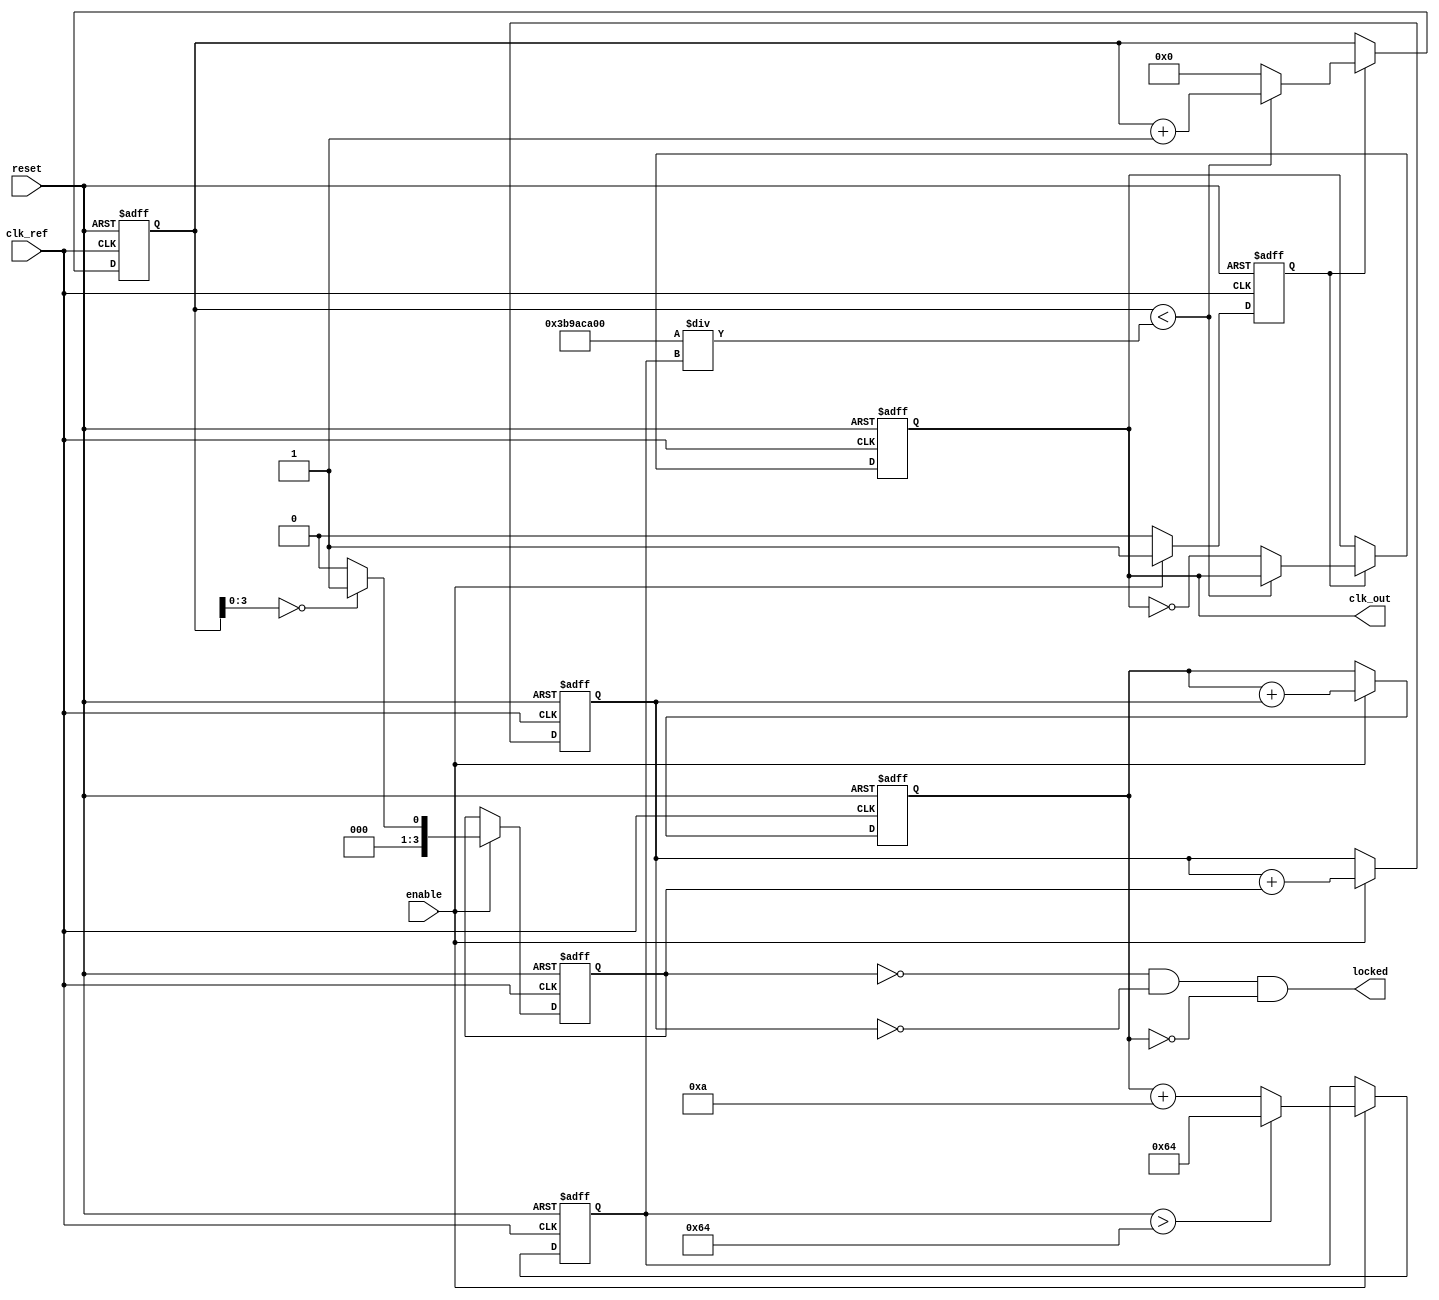
module dual_loop_pll (
    input wire clk_ref,           // Reference clock input
    input wire reset,             // Asynchronous reset
    input wire enable,            // Enable signal
    output reg clk_out,           // Output clock
    output wire locked            // Lock detection output
);

// Parameters
parameter DIV_RATIO = 4;        // Division ratio for feedback
parameter VCO_MAX_FREQ = 100;   // Maximum VCO frequency
parameter VCO_MIN_FREQ = 10;    // Minimum VCO frequency

// Internal signals
reg [3:0] phase_error;           // Phase error signal from phase detector
reg [7:0] control_voltage;        // Control voltage to the VCO
reg [7:0] vco_frequency;          // Current frequency of the VCO
reg [7:0] outer_loop_filter;      // Outer loop filter output
reg [7:0] inner_loop_filter;      // Inner loop filter output
reg [31:0] vco_counter;           // VCO counter for generating clk_out
reg vco_enable;                   // VCO enable signal
reg [31:0] div_counter;           // Counter for clock division
reg div_enable;                   // Divider enable signal

// Phase Detector (PD)
always @(posedge clk_ref or posedge reset) begin
    if (reset) begin
        phase_error <= 0;
    end else if (enable) begin
        // Simplified phase detector logic (to be replaced with actual PFD design)
        phase_error <= (vco_counter[DIV_RATIO-1:0] == 0) ? 1 : 0; // Example comparison
    end
end

// Loop Filters
always @(posedge clk_ref or posedge reset) begin
    if (reset) begin
        outer_loop_filter <= 0;
        inner_loop_filter <= 0;
    end else if (enable) begin
        // Inner loop filter (simple proportional)
        inner_loop_filter <= inner_loop_filter + phase_error;
        // Outer loop filter (simple proportional + integral)
        outer_loop_filter <= outer_loop_filter + inner_loop_filter;
    end
end

// Voltage-Controlled Oscillator (VCO)
always @(posedge clk_ref or posedge reset) begin
    if (reset) begin
        vco_frequency <= VCO_MIN_FREQ; // Start at minimum frequency
        vco_enable <= 0;
    end else if (enable) begin
        // Control VCO frequency based on the outer loop filter
        vco_frequency <= outer_loop_filter + VCO_MIN_FREQ; // Example control logic
        if (vco_frequency > VCO_MAX_FREQ) begin
            vco_frequency <= VCO_MAX_FREQ;
        end
        vco_enable <= 1; // Enable VCO
    end else begin
        vco_enable <= 0; // Disable VCO when not enabled
    end
end

// Output Clock Generation
always @(posedge clk_ref or posedge reset) begin
    if (reset) begin
        clk_out <= 0;
        vco_counter <= 0;
        div_counter <= 0;
    end else if (vco_enable) begin
        // Generate clock signal based on VCO frequency
        if (vco_counter < (1000000000 / vco_frequency)) begin // Assume 1 GHz clk_ref
            vco_counter <= vco_counter + 1;
        end else begin
            clk_out <= ~clk_out; // Toggle output clock
            vco_counter <= 0;
        end
        // Clock division
        if (div_counter < (DIV_RATIO - 1)) begin
            div_counter <= div_counter + 1;
        end else begin
            div_counter <= 0;
            // Feedback to Phase Detector (not shown here)
        end
    end
end

// Lock Detection Logic (simplified)
assign locked = (phase_error == 0) && (inner_loop_filter == 0) && (outer_loop_filter == 0);

endmodule